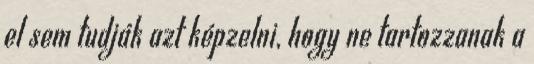
el sem tudják azt képzelni, hogy ne tartozzanak a